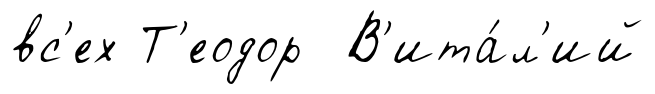
вс'ех Т'еодор В'ита́л'ий